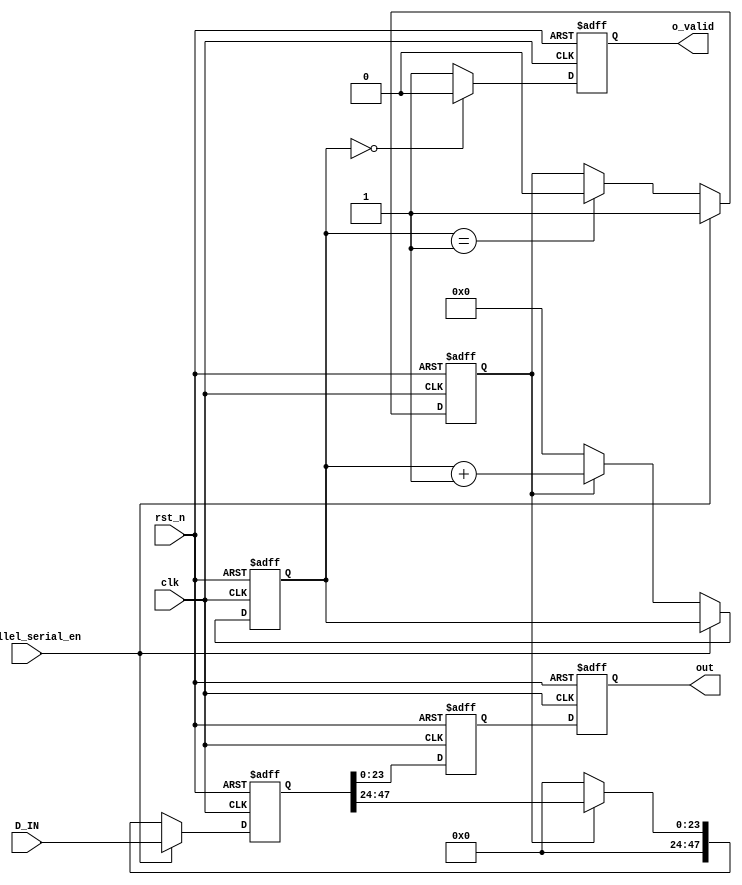
module parallel_serial #(
	parameter  D_WL      = 24,
	parameter  CLASS_NUM = 2 
)(D_IN,rst_n,clk,parallel_serial_en,out,o_valid);

input [CLASS_NUM*D_WL-1:0] D_IN;
input rst_n;
input clk;
input parallel_serial_en;
output reg [D_WL-1:0] out;
output reg o_valid;

reg [CLASS_NUM*D_WL-1:0] D_IN_B;
reg [7:0]cnt;
reg [D_WL-1:0] out_B;
reg flag;

always @(posedge clk or negedge rst_n)
begin
	if (!rst_n)
	begin
		D_IN_B <= 0;
		cnt<=0;
	end
	else if (parallel_serial_en == 'b1) 
		D_IN_B <= D_IN;
	else if (!flag)
	begin
		D_IN_B <=0;
		cnt <=0;
	end
	else
	begin 
		cnt <= cnt+'b1;
		D_IN_B <= D_IN_B>>D_WL;
	end
end 

always @(posedge clk or negedge rst_n)
begin
	if (!rst_n)
		flag <= 0;
	else if(parallel_serial_en=='b1)
		flag <= 'b1;
	else if (cnt==CLASS_NUM-1)
		flag <=0;
end

always @(posedge clk or negedge rst_n)
begin
	if (!rst_n)
		out <= 0;
	else  
		out <= out_B;
end

always @(posedge clk or negedge rst_n)
begin
	if (!rst_n)
		out_B <= 0;
	else  
		out_B <= D_IN_B[D_WL-1:0];
end

always @(posedge clk or negedge rst_n)
begin
	if (!rst_n)
		o_valid <= 0;
	else if(cnt == 0)
		o_valid <= 0;
	else
		o_valid<='b1;
end


endmodule